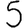
Digit: 5